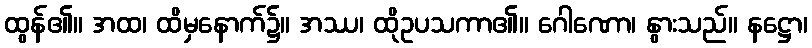
ထွန်၏။ အထ၊ ထိမှနောက်၌။ အဿ၊ ထိုဥပသကာ၏။ ဂေါဏော၊ နွားသည်။ နဋ္ဌော၊